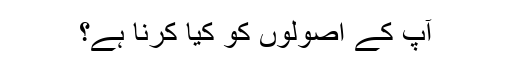
آپ کے اصولوں کو کیا کرنا ہے؟